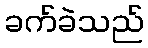
ခက်ခဲသည်